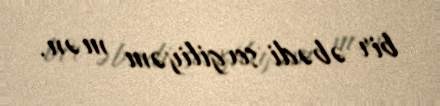
bir əbədi sevgiliyəm mən.